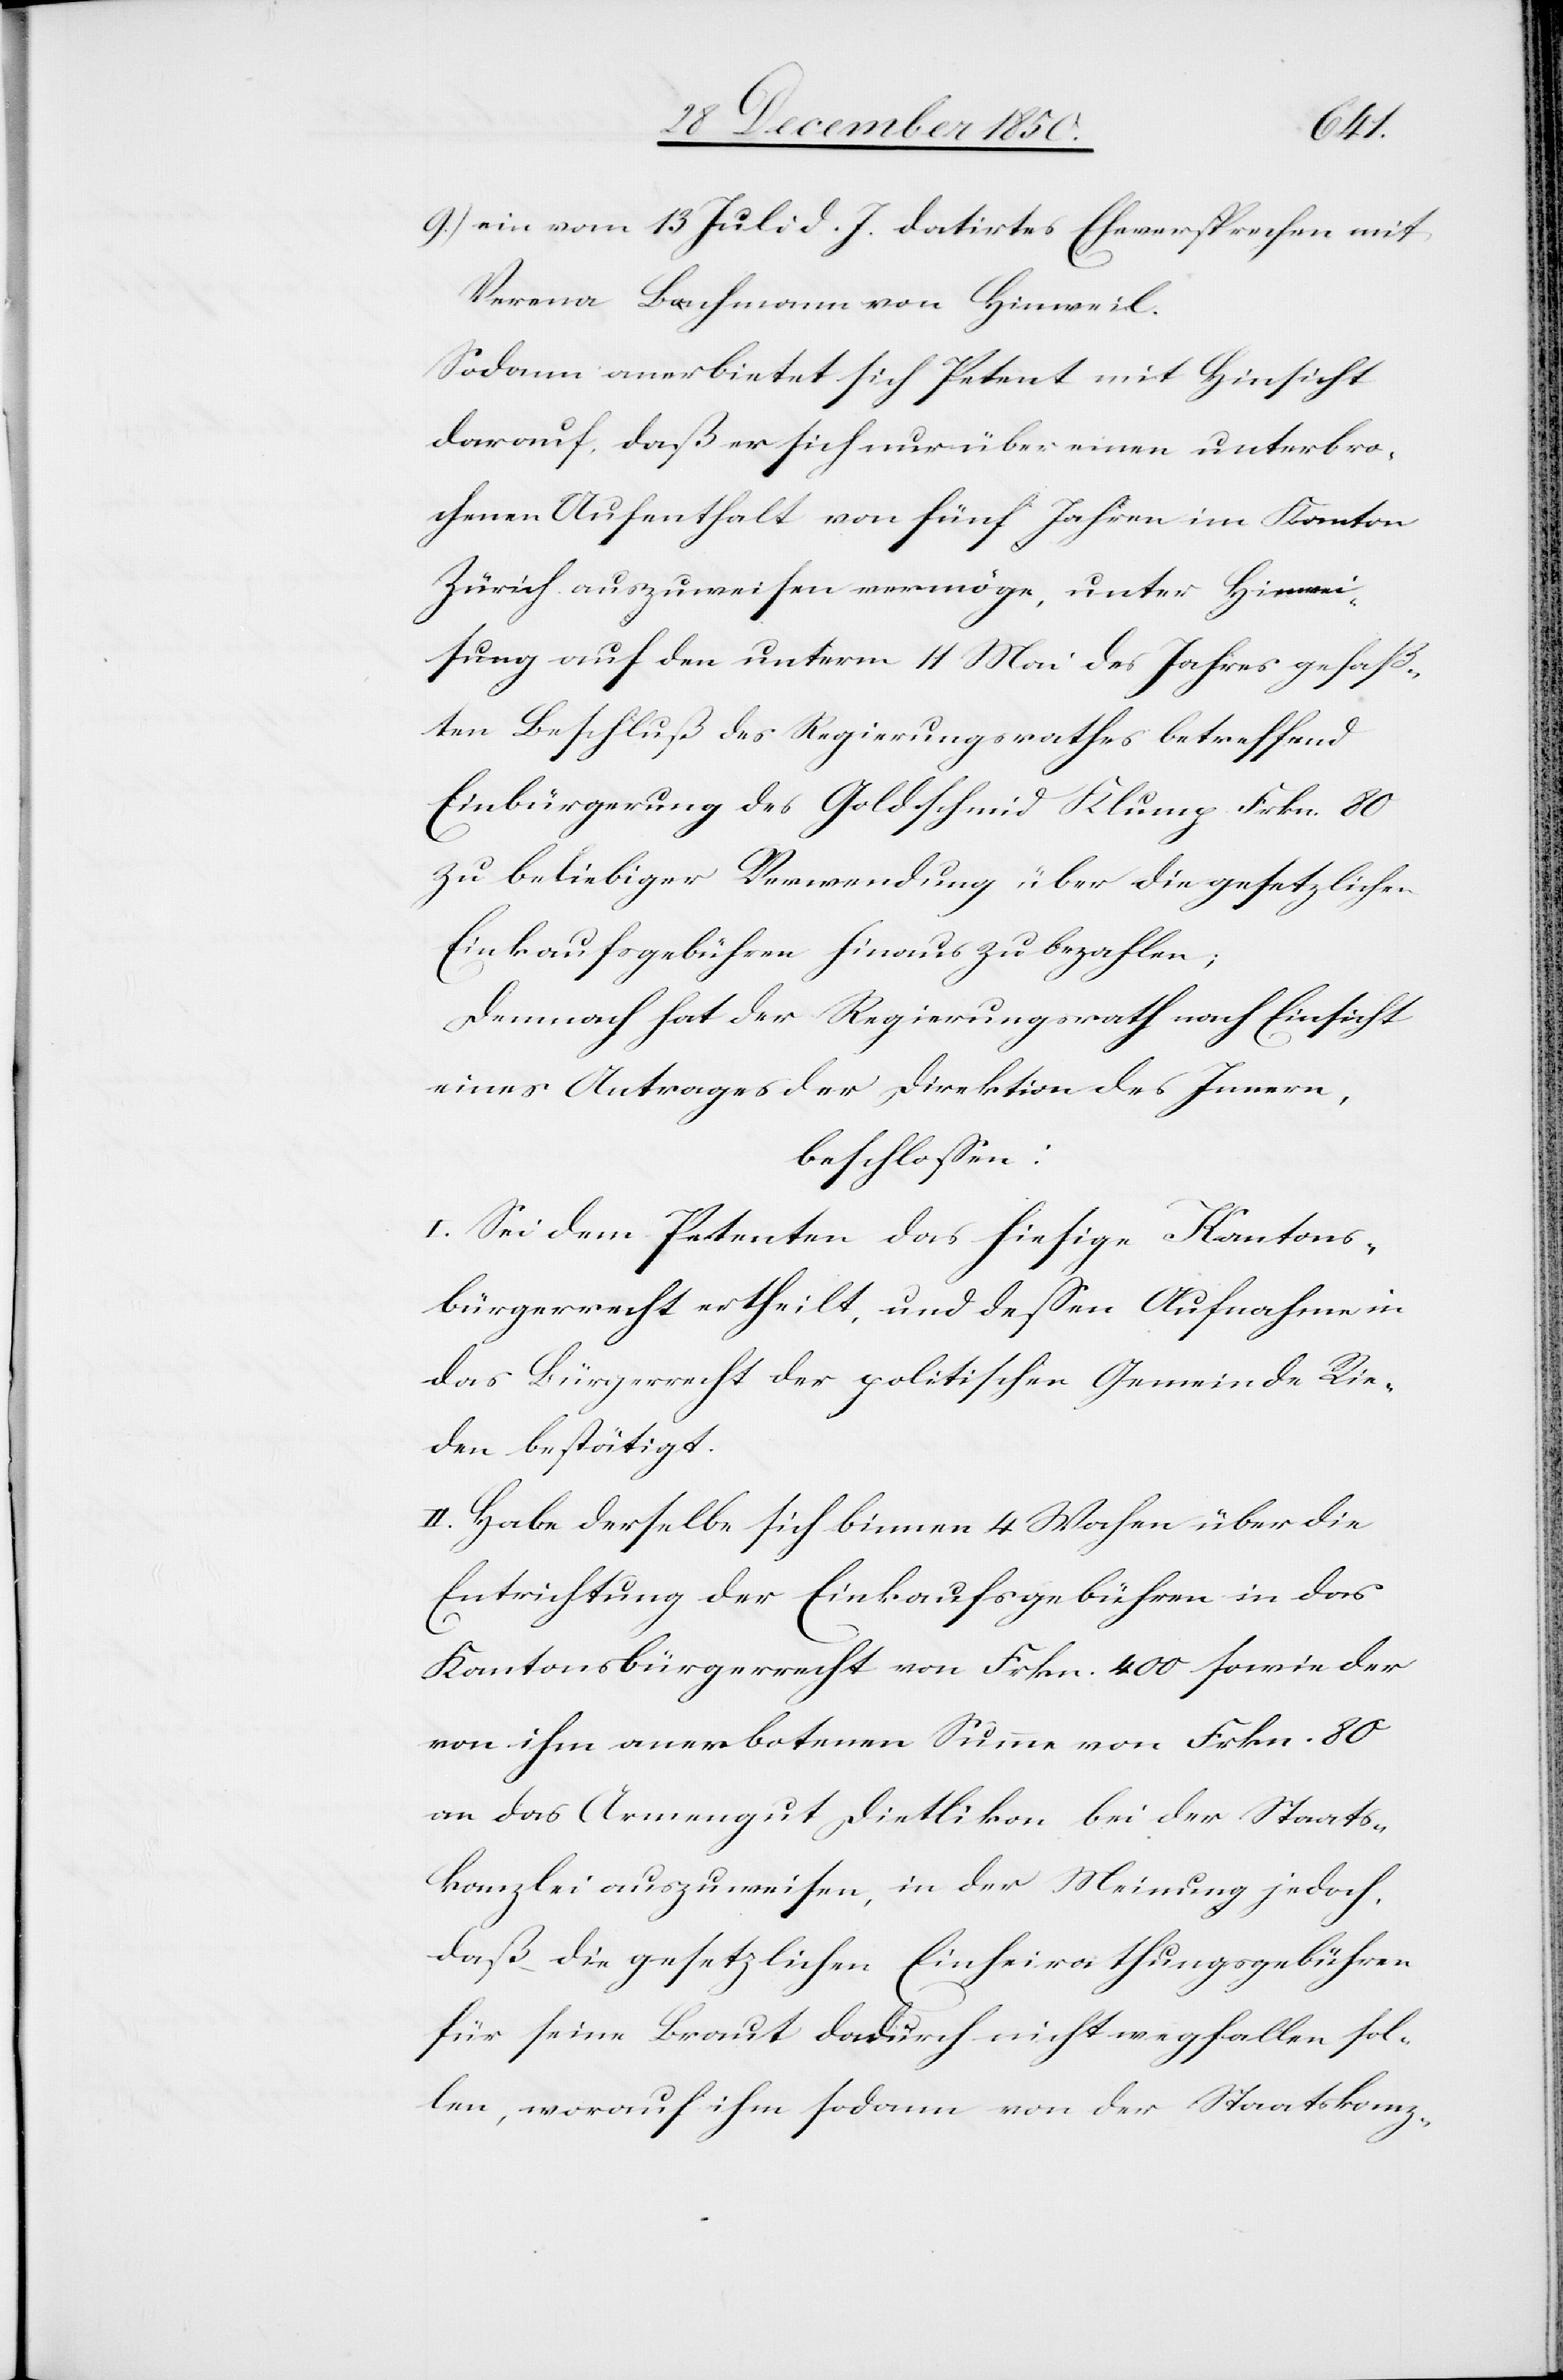
9.) ein vom 13 Juli d. J. datirtes Eheversprechen mit
Verena Bachmann von Hinweil.
Sodann anerbietet sich Petent mit Hinsicht
darauf, daß er sich nur über einen unterbro¬
chenen Aufenthalt von fünf Jahren im Kanton
Zürich auszuweisen vermöge, unter Hinwei¬
sung auf den unterm 11 Mai des Jahres gefaß¬
ten Beschluß des Regierungsrathes betreffend
Einbürgerung des Goldschmid Klump Frkn. 80
zu beliebiger Verwendung über die gesetzlichen
Einkaufsgebühren hinaus zu bezahlen;
Demnach hat der Regierungsrath nach Einsicht
eines Antrages der Direktion des Innern,
beschlossen:
I. Sei dem Petenten das hiesige Kantons¬
bürgerrecht ertheilt, und dessen Aufnahme in
das Bürgerrecht der politischen Gemeinde Rie¬
den bestätigt.
II. Habe derselbe sich binnen 4 Wochen über die
Entrichtung der Einkaufsgebühren in das
Kantonsbürgerrecht von Frkn. 400 sowie der
von ihm anerbotenen Summe von Frkn. 80
an das Armengut Dietlikon bei der Staats¬
kanzlei auszuweisen, in der Meinung jedoch,
daß die gesetzlichen Einheirathungsgebühren
für seine Braut dadurch nicht wegfallen sol¬
len, worauf ihm sodann von der Staatskanz-